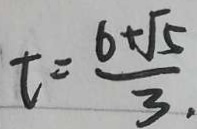
t = \frac { 6 + \sqrt { 5 } } { 3 } .